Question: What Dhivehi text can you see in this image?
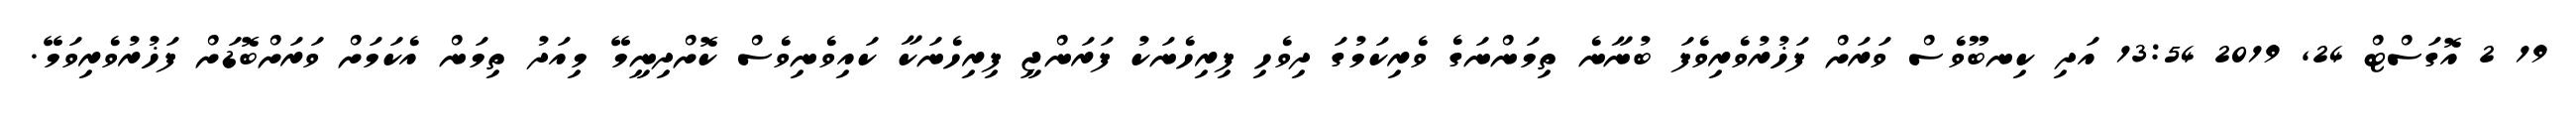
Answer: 19 2 އޮގަސްޓް 24, 2019 13:54 އަދި ކިނބޫވެސް ވަރަށް ފަޚުރުވެރިވެފަ ބުނާނެ ތިމަންނަގެ ވެރިކަމުގަ ދިވެހި ފިރިހެނަކު ފަރަންޖީ ފިރިހެނަކާ ކައިވެނިވެސް ކޮށްދިނީމޭ މިއަދު ތިމަން އެކަމަށް ވަރަށްބޮޑަށް ފަޚުރުވެރިވަމޭ.